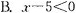
B.x-5<0